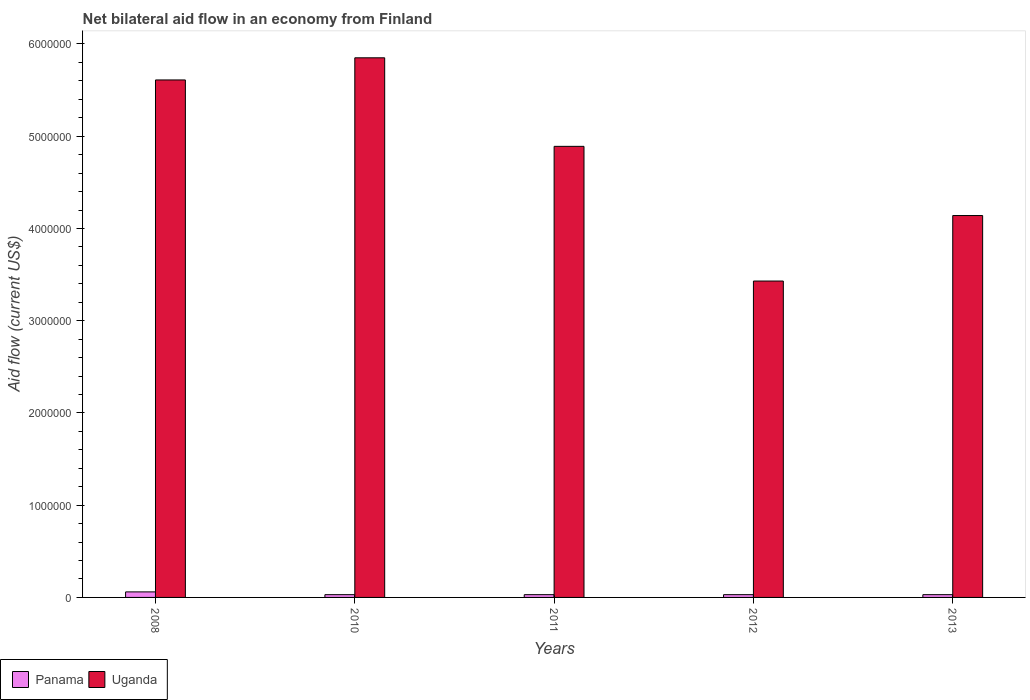
| Years | Panama | Uganda |
 | --- | --- | --- |
 | 2008 | 6e+04 | 5.61e+06 |
 | 2010 | 3e+04 | 5.85e+06 |
 | 2011 | 3e+04 | 4.89e+06 |
 | 2012 | 3e+04 | 3.43e+06 |
 | 2013 | 3e+04 | 4.14e+06 |